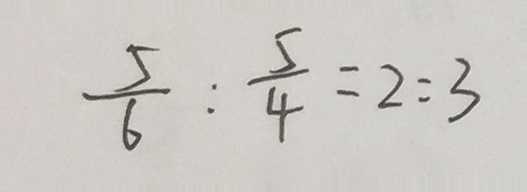
\frac { 5 } { 6 } : \frac { 5 } { 4 } = 2 : 3